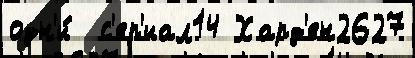
одн'и́  с'ер'иал14 Хард'ен2627